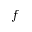
f